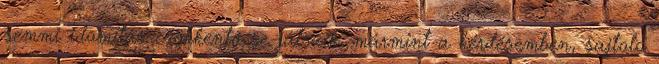
semmi idomítás csökkentő se játszik, mármint a kérdésemben, sajtoló